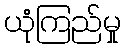
ယုံကြည်မှု